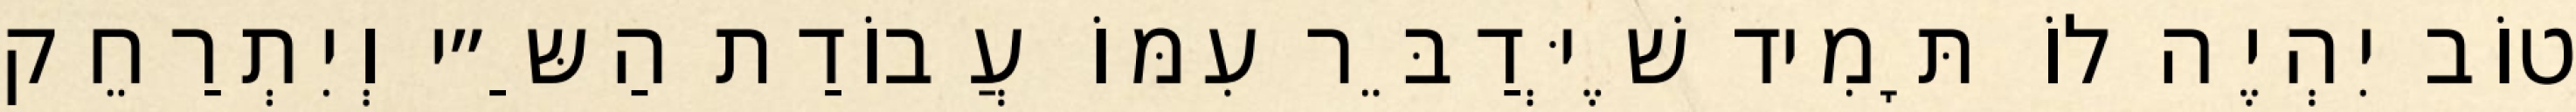
טוֹב יִהְיֶה לוֹ תָּמִיד שֶׁיְּדַבֵּר עִמּוֹ עֲבוֹדַת הַשַּ״י וְיִתְרַחֵק